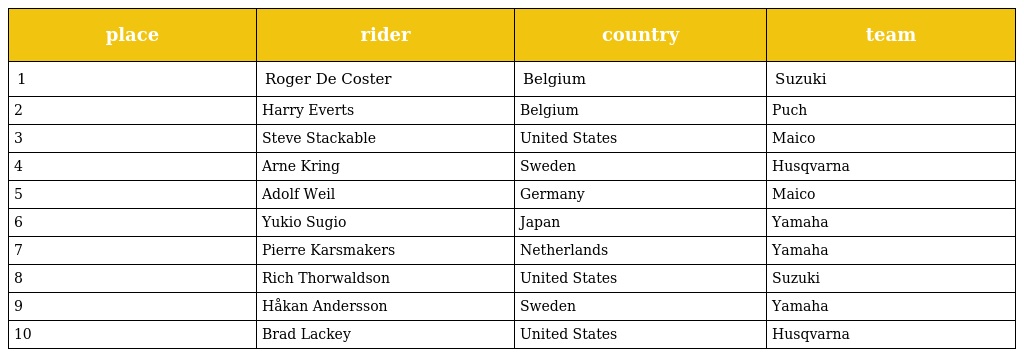
| place | rider | country | team |
 | --- | --- | --- | --- |
 | 1 | Roger De Coster | Belgium | Suzuki |
 | 2 | Harry Everts | Belgium | Puch |
 | 3 | Steve Stackable | United States | Maico |
 | 4 | Arne Kring | Sweden | Husqvarna |
 | 5 | Adolf Weil | Germany | Maico |
 | 6 | Yukio Sugio | Japan | Yamaha |
 | 7 | Pierre Karsmakers | Netherlands | Yamaha |
 | 8 | Rich Thorwaldson | United States | Suzuki |
 | 9 | Håkan Andersson | Sweden | Yamaha |
 | 10 | Brad Lackey | United States | Husqvarna |